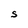
Character: S